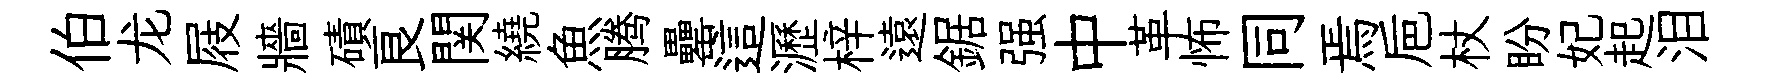
伯龙屐牆磧良関繞魚腾罍這瀝梓遠鋸强中革怖同焉巵杖盼妃起泪